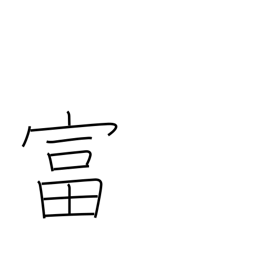
Meaning: enrich